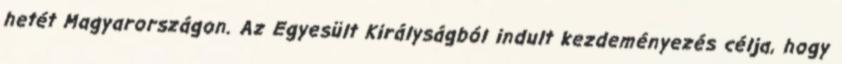
hetét Magyarországon. Az Egyesült Királyságból indult kezdeményezés célja, hogy